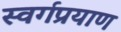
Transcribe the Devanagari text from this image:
स्वर्गप्रयाण